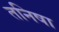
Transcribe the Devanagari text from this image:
तनिषा